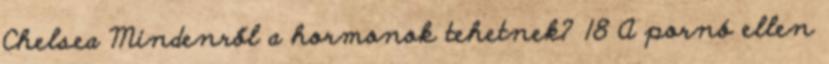
Chelsea Mindenről a hormonok tehetnek? 18 A pornó ellen